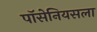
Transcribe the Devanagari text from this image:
पॉसेनियसला